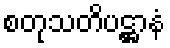
စတုသတိပဋ္ဌာနံ